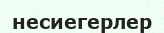
несиегерлер